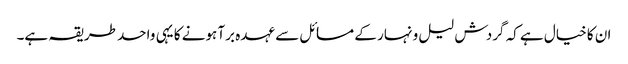
ان کا خیال ہے کہ گردش لیل و نہار کے مسائل سے عہدہ برآ ہونے کا یہی واحد طریقہ ہے۔